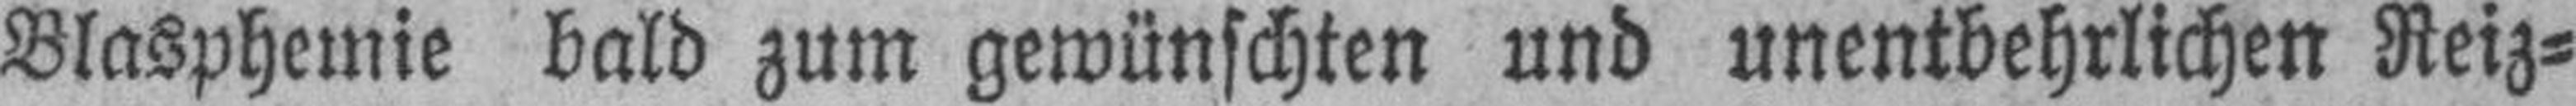
Blasphemie bald zum gewünschten und unentbehrlichen Reiz¬